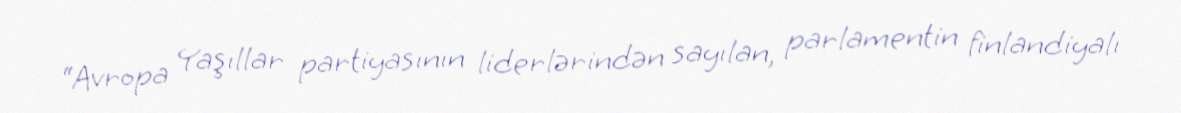
“Avropa Yaşıllar partiyasının liderlərindən sayılan, parlamentin finlandiyalı